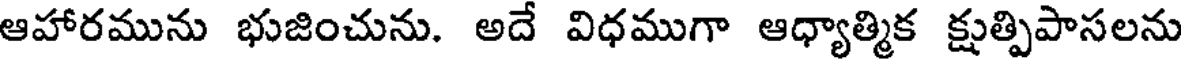
ఆహారమును భుజించును. అదే విధముగా ఆధ్యాత్మిక క్షుత్పిపాసలను